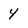
Character: 4